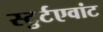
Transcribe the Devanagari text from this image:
स्टुर्टएवांट